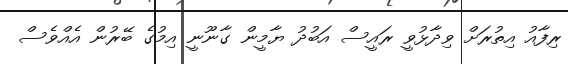
ރިފާއު އިތުރަށް ވިދާޅުވީ ރައީސް އަބުދު ޔާމީން ގާނޫނީ އިމުގެ ބޭރުން އެއްވެސް